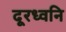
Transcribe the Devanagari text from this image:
दूरध्वनि